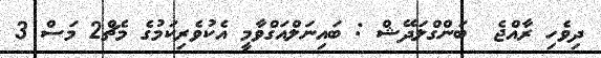
ދިވެހި ރާއްޖެ  ބަންގްލަދޭޝް : ބައިނަލްއަގްވާމީ އެކުވެރިކަމުގެ މެޗް2 މަސް 3